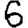
Digit: 6